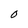
Character: 0